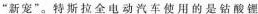
“新宠”。特斯拉全电动汽车使用的是钻酸锂